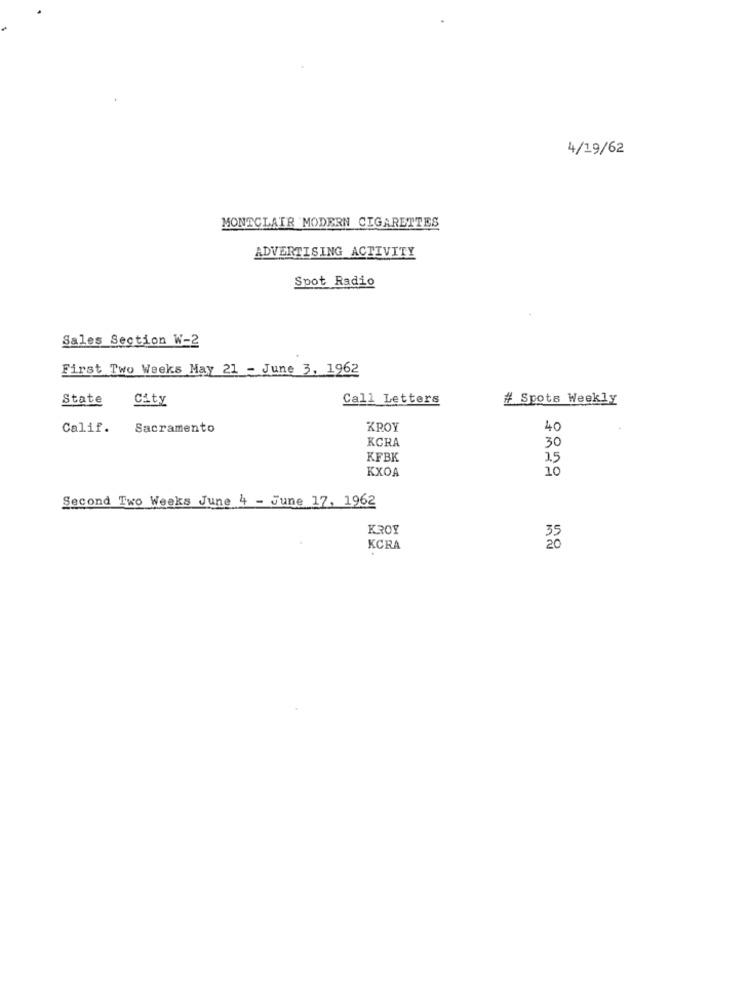
4/19/62
MONTCLAIR MODERN CIGARETTES
ADVERTISING ACTIVITY
Spot Radio
Sales Section W-2
First Two Weeks May 21 - June 3, 1962
State
City
Call Letters
# Spots Weekly
Calif.
Sacramento
KROY
40
KCHA
30
KFBK
25
KXOA
10
Second Two Weeks June 4 - June 17, 1962
KROY
KCRA
20